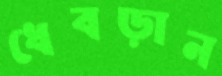
ধেবড়ান